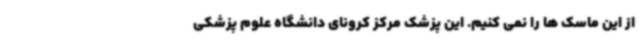
از این ماسک ها را نمی کنیم. این پزشک مرکز کرونای دانشگاه علوم پزشکی